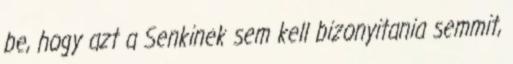
be, hogy azt a Senkinek sem kell bizonyitania semmit,